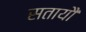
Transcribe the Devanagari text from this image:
सतायौ